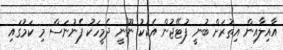
އާއިލާއިން އިތުރަށް ބުނީ ފުޓޭޖުން އެކަކު ނޫނީ ދެމީހަކު ފެނުނަސް މި ކަމުގައި